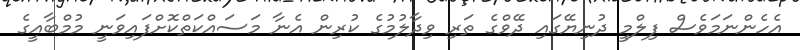
އެހެންނަމަވެސް ފިލްމީ ދުނިޔޭގައި ދޭވްގެ ތަރި ވިދާލުމުގެ ކުރިން އެނާ މަސައްކަތްކޮށްފައިވަނީ މުމްބާއީގެ